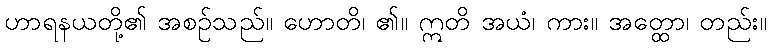
ဟာရနယတို့၏ အစဉ်သည်။ ဟောတိ၊ ၏။ ဣတိ အယံ၊ ကား။ အတ္ထော၊ တည်း။